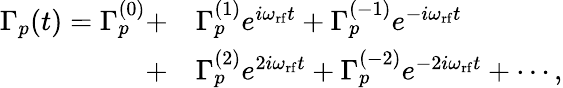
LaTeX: \begin{array}{rl}{\Gamma_{p}(t)=\Gamma_{p}^{(0)}+}&{{}\Gamma_{p}^{(1)}e^{i\omega_{\mathrm{rf}}t}+\Gamma_{p}^{(-1)}e^{-i\omega_{\mathrm{rf}}t}}\\ {+}&{{}\Gamma_{p}^{(2)}e^{2i\omega_{\mathrm{rf}}t}+\Gamma_{p}^{(-2)}e^{-2i\omega_{\mathrm{rf}}t}+\cdots,}\end{array}